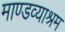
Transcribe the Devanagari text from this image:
माण्डव्याश्रम